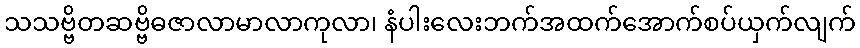
သသဗ္ဗိတဆဗ္ဗိဓဇာလာမာလာကုလာ၊ နံပါးလေးဘက်အထက်အောက်စပ်ယှက်လျက်